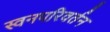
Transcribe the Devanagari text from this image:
स्वनपरिवर्तन